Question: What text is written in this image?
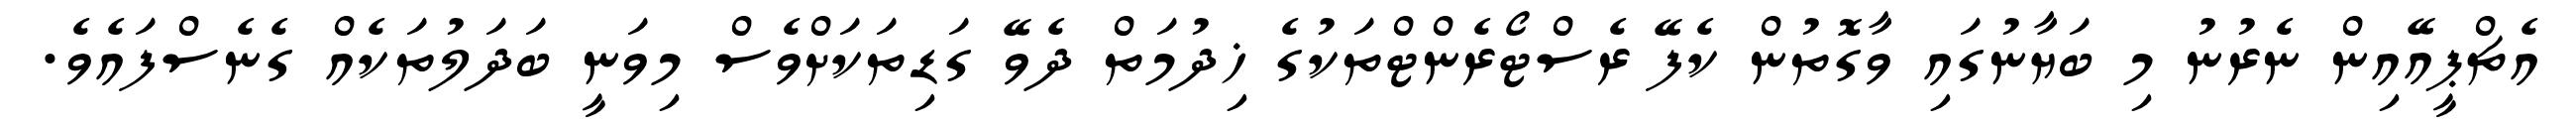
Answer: އެޗްޕީއޭއިން ނެރުނު މި ބަޔާނުގައި ވާގޮތުން ކެފޭ ރެސްޓޯރެންޓްތަކުގެ ޚިދުމަތް ދެވޭ ގަޑިތަކަށްވެސް މިވަނީ ބަދަލުތަކެއް ގެނެސްފައެވެ.